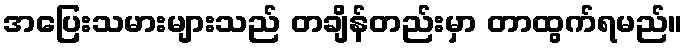
အပြေးသမားများသည် တချိန်တည်းမှာ တာထွက်ရမည်။